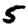
Digit: 5